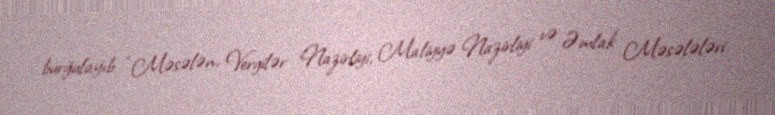
burğulayıb: “Məsələn, Vergilər Nazirliyi, Maliyyə Nazirliyi və Əmlak Məsələləri